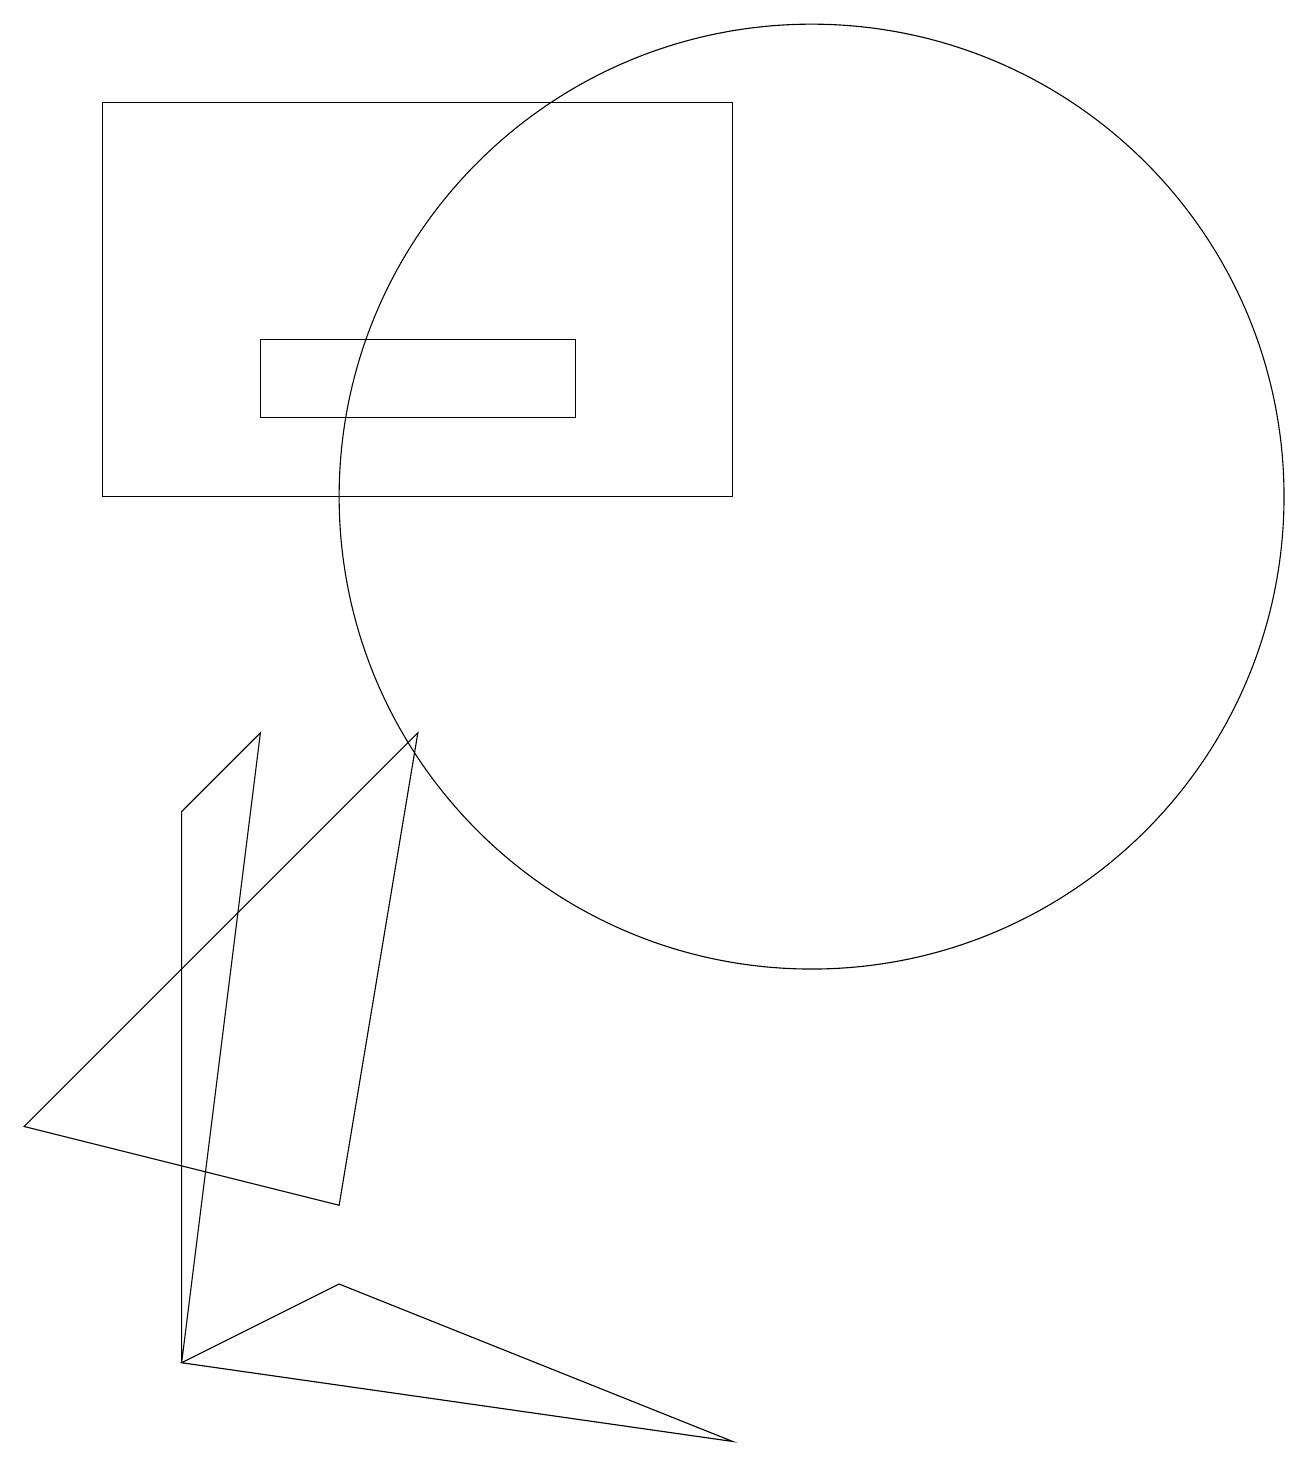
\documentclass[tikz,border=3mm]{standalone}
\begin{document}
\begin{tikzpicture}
\draw (12,11) circle (0);
\draw (2,8) -- (2,1) -- (3,9) -- cycle;
\draw (1,12) rectangle (9,17);
\draw (5,9) -- (0,4) -- (4,3) -- cycle;
\draw (3,14) rectangle (7,13);
\draw (9,0) -- (4,2) -- (2,1) -- cycle;
\draw (10,12) circle (6);
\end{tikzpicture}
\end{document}